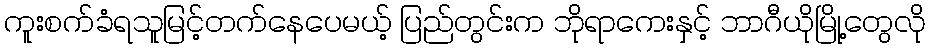
ကူးစက်ခံရသူမြင့်တက်နေပေမယ့် ပြည်တွင်းက ဘိုရာကေးနှင့် ဘာဂီယိုမြို့တွေလို